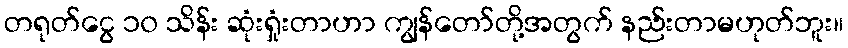
တရုတ်ငွေ ၁၀ သိန်း ဆုံးရှုံးတာဟာ ကျွန်တော်တို့အတွက် နည်းတာမဟုတ်ဘူး။